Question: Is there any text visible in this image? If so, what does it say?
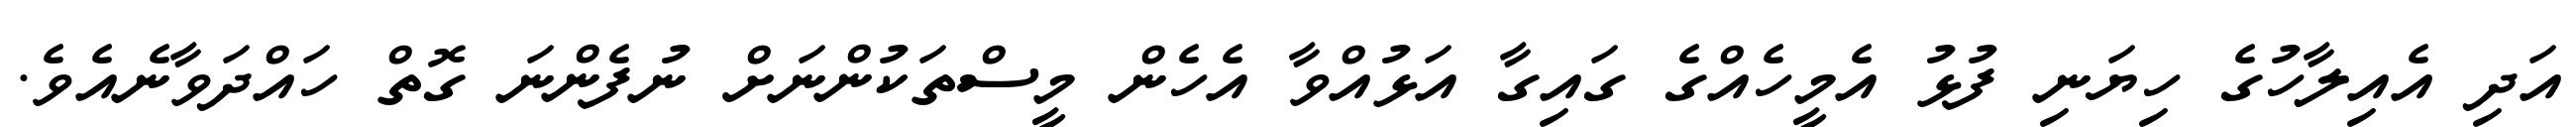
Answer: އަދި އެއިލާހުގެ ހިޔަނި ފުޅު އެމީހެއްގެ ގައިގާ އަޅުއްވާ އެހެން މީސްތަކުންނަށް ނުފެންނަ ގޮތް ހައްދަވާނެއެވެ.